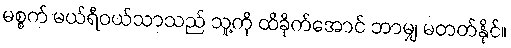
မစ္စက် မယ်ရီဝယ်သာသည် သူ့ကို ထိခိုက်အောင် ဘာမျှ မတတ်နိုင်။